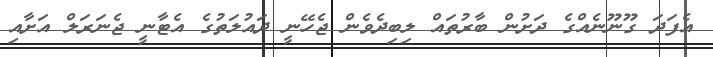
އެފަދަ ގޫނޫނެއްގެ ދަށުން ބާރުތައް ލިބިދެވެން ޖެހޭނީ ދައުލަތުގެ އެޓާނީ ޖެނަރަލް އަށާއި